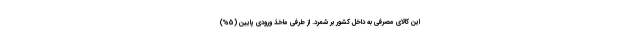
این کالای مصرفی به داخل کشور بر شمرد. از طرفی ماخذ ورودی پایین (5%)